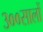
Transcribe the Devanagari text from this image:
३००सालों